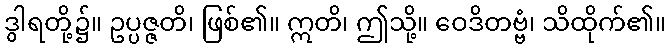
ဒွါရတို့၌။ ဥပ္ပဇ္ဇတိ၊ ဖြစ်၏။ ဣတိ၊ ဤသို့။ ဝေဒိတဗ္ဗံ၊ သိထိုက်၏။